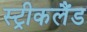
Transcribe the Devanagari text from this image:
स्ट्रीकलैंड